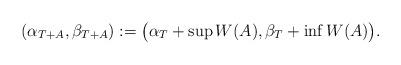
LaTeX: \begin{align*}(\alpha_{T+A},\beta_{T+A}):= \big(\alpha_T+\sup W(A),\beta_T+\inf W(A)\big).\end{align*}